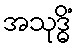
အသုဒ္ဓိံ